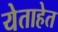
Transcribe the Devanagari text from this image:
येताहेत